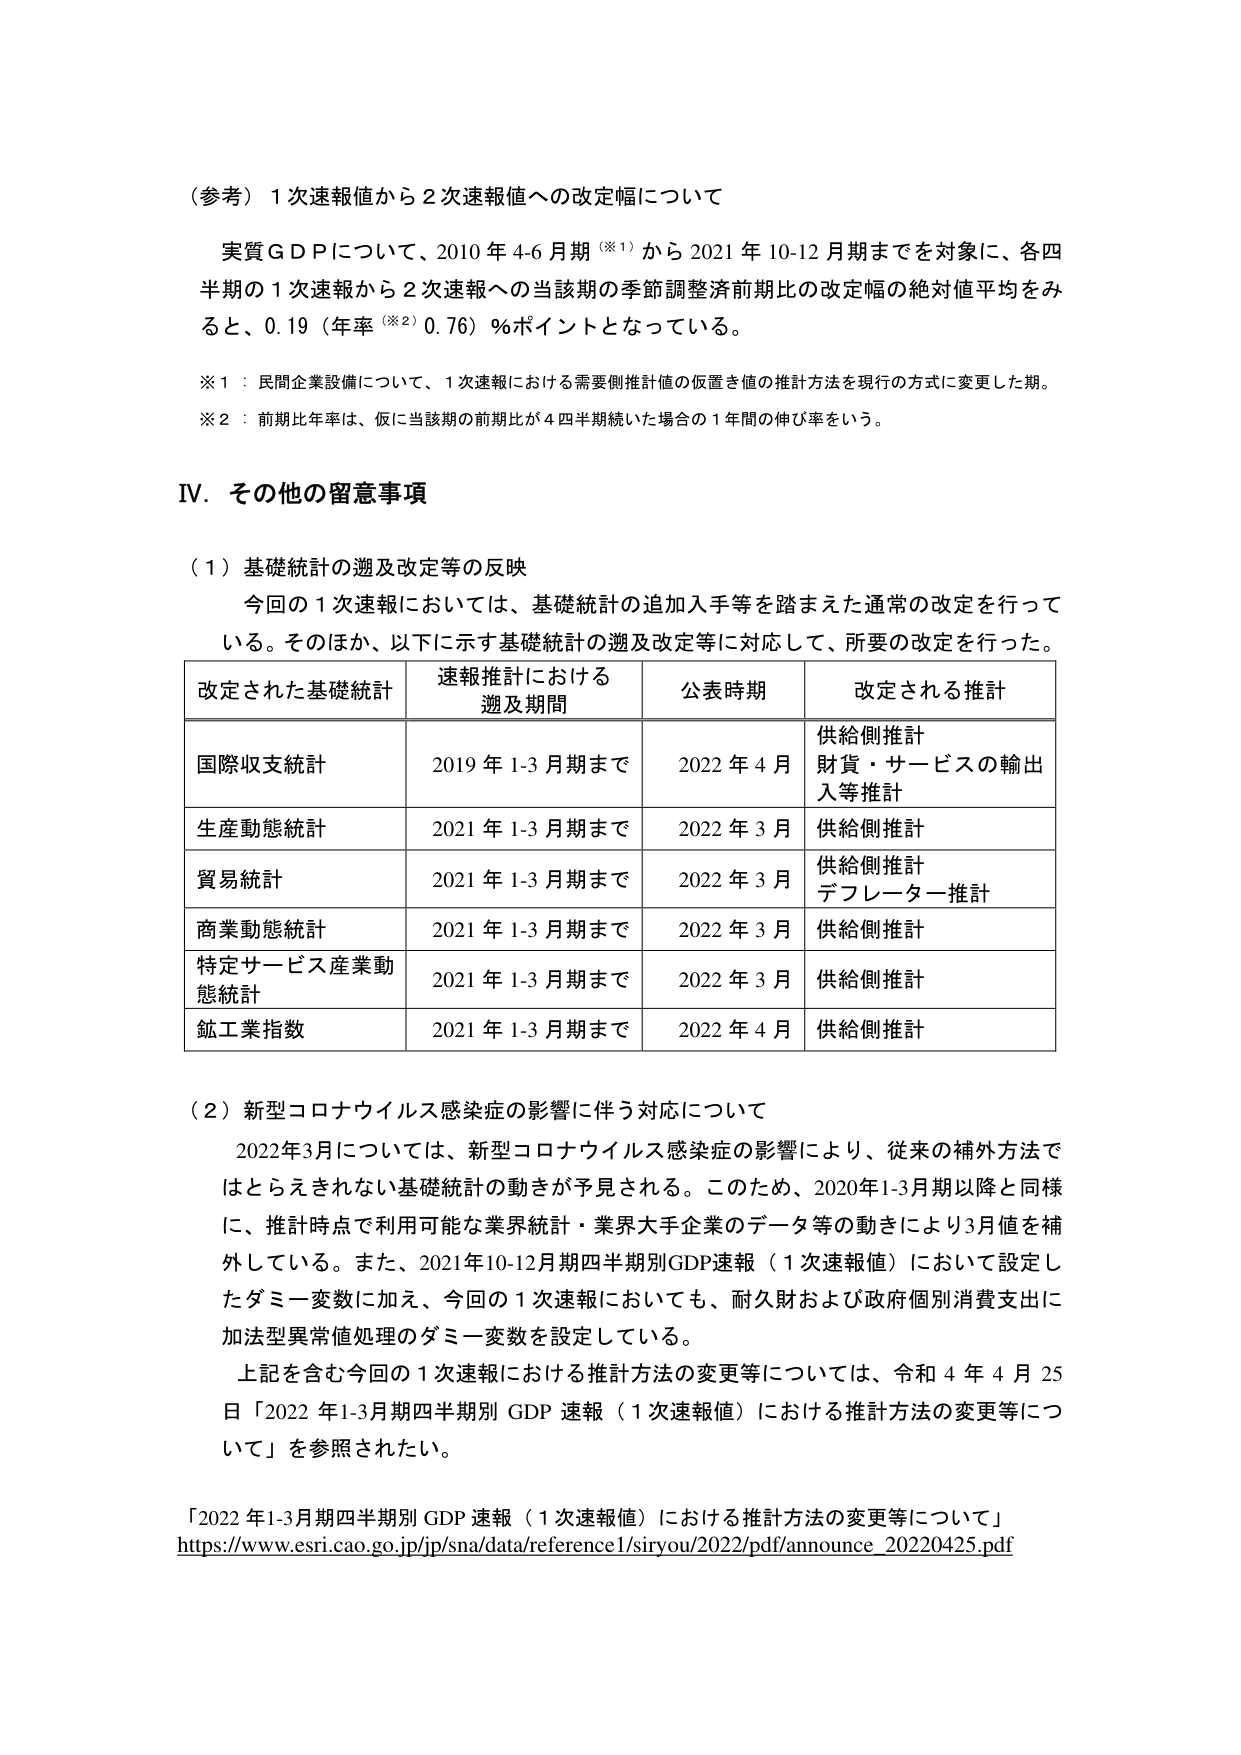
（参考）１次速報値から２次速報値への改定幅について

実質ＧＤＰについて、2010年4-6月期（※1）から2021年10-12月期までを対象に、各四半期の１次速報から２次速報への当該期の季節調整済前期比の改定幅の絶対値平均をみると、0.19（年率（※2）0.76）％ポイントとなっている。

※1：民間企業設備について、１次速報における需要側推計値の仮置き値の推計方法を現行の方式に変更した期。
※2：前期比年率は、仮に当該期の前期比が４四半期続いた場合の１年間の伸び率をいう。

Ⅳ．その他の留意事項

（1）基礎統計の遡及改定等の反映

今回の１次速報においては、基礎統計の追加入手等を踏まえた通常の改定を行っている。そのほか、以下に示す基礎統計の遡及改定等に対応して、所要の改定を行った。

| 改定された基礎統計 | 速報推計における遡及期間 | 公表時期 | 改定される推計 |
|------------------|------------------------|----------|----------------|
| 国際収支統計     | 2019年1-3月期まで      | 2022年4月 | 供給側推計<br>財貨・サービスの輸出入等推計 |
| 生産動態統計     | 2021年1-3月期まで      | 2022年3月 | 供給側推計     |
| 貿易統計         | 2021年1-3月期まで      | 2022年3月 | 供給側推計<br>デフレーター推計 |
| 商業動態統計     | 2021年1-3月期まで      | 2022年3月 | 供給側推計     |
| 特定サービス産業動態統計 | 2021年1-3月期まで | 2022年3月 | 供給側推計     |
| 鉱工業指数       | 2021年1-3月期まで      | 2022年4月 | 供給側推計     |

（2）新型コロナウイルス感染症の影響に伴う対応について

2022年3月については、新型コロナウイルス感染症の影響により、従来の補外方法ではとらえきれない基礎統計の動きが予見される。このため、2020年1-3月期以降と同様に、推計時点で利用可能な業界統計・業界大手企業のデータ等の動きにより3月値を補外している。また、2021年10-12月期四半期別GDP速報（１次速報値）において設定したダミー変数に加え、今回の１次速報においても、耐久財および政府個別消費支出に加法型異常値処理のダミー変数を設定している。

上記を含む今回の１次速報における推計方法の変更等については、令和４年４月25日「2022年1-3月期四半期別GDP速報（１次速報値）における推計方法の変更等について」を参照されたい。

「2022年1-3月期四半期別GDP速報（１次速報値）における推計方法の変更等について」
https://www.esri.cao.go.jp/jp/sna/data/reference1/siryou/2022/pdf/announce_20220425.pdf